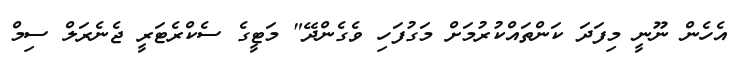
އެހެން ނޫނީ މިފަދަ ކަންތައްކުރުމަށް މަގުފަހި ވެގެންދޭ" މަޓީގެ ސެކްރެޓަރީ ޖެނެރަލް ސިމް